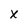
Character: X